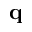
\mathbf { q }